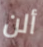
ألن